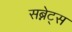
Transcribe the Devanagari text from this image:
सब्नेट्स